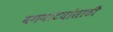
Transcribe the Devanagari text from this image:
वगनाटयांसाठी